Lock hospitals Punjab
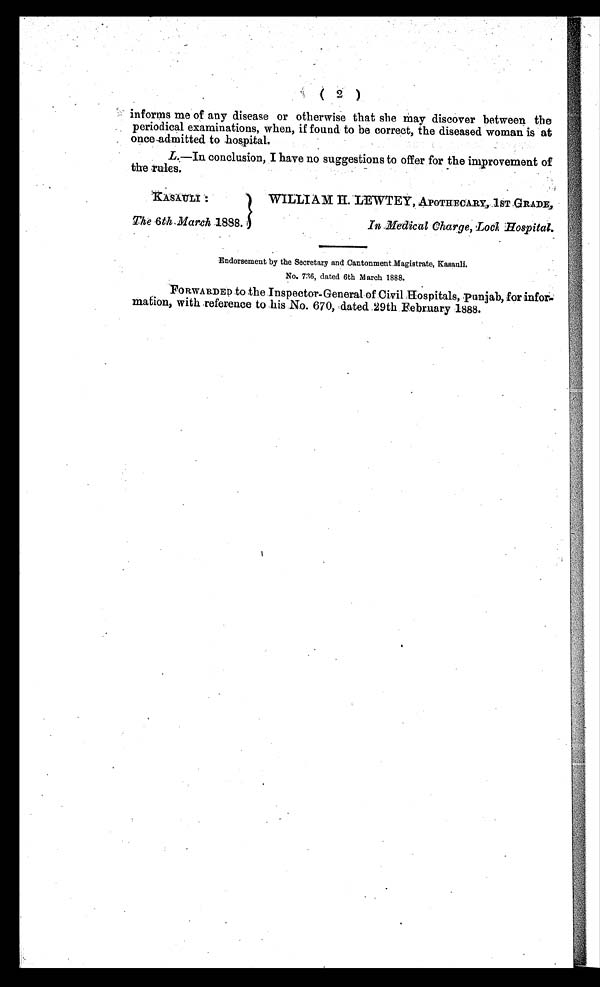
( 2 )
informs me of any disease or otherwise that she may discover between the
periodical examinations, when, if found to be correct, the diseased woman is at
once admitted to hospital.
L.
—In conclusion, I have no suggestions to offer for the improvement of
the rules.
KASAULI:
The 6th, March 1888. .
WILLIAM H. LEWTEY, APOTHECARY, 1ST GRADE,
In Medical Charge, Lock Hospital.
Endorsement by the Secretary and Cantonment. Magistrate, Kasauli.
No. 736, dated 6th M arch 1888.
FORWARDED .to the Inspector-General of Civil Hospitals, punjab, for inform
ation, with reference to his No. 670, dated 29th February 1888.